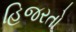
હિજરતો